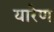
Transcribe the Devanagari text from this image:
यारेण